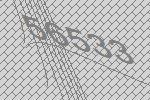
56533